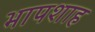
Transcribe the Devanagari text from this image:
भापशाह